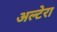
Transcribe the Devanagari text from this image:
अल्टेरा